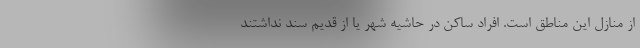
از منازل این مناطق است. افراد ساکن در حاشیه شهر یا از قدیم سند نداشتند